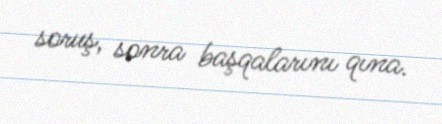
soruş, sonra başqalarını qına.